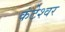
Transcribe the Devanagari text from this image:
कंटेश्वर